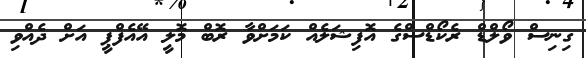
ގިނިސް ވޯލްޑް ރެކޯޑްސްގެ އޮފިޝަލެއް ކަމަށްވާ ރޮބް މޮލީ އޭއެފްޕީ އަށް ދެއްވި